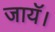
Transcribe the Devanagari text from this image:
जायॅ।